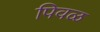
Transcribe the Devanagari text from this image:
पिवळ